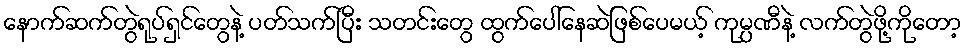
နောက်ဆက်တွဲရုပ်ရှင်တွေနဲ့ ပတ်သက်ပြီး သတင်းတွေ ထွက်ပေါ်နေဆဲဖြစ်ပေမယ့် ကုမ္ပဏီနဲ့ လက်တွဲဖို့ကိုတော့